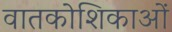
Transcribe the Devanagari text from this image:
वातकोशिकाओं